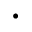
\cdot